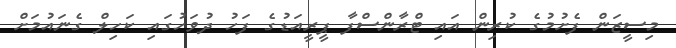
މިސީޒަން ފެށުމުގެ ކުރިން އައި ޓްރާންސްފާ ޕީރީއަޑުގެ ފަހު ދުވަހުގައި ކަހިލް ގެނައުމަށް